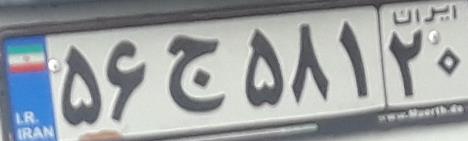
۵۶ج۵۸۱۲۰